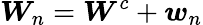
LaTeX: \boldsymbol{W}_{n}=\boldsymbol{W}^{c}+\boldsymbol{w}_{n}